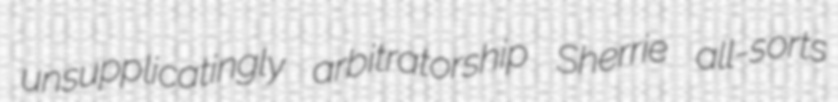
unsupplicatingly arbitratorship Sherrie all-sorts